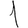
Digit: 1